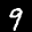
Label: 9